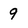
Character: 9